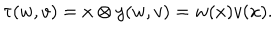
\tau ( w , v ) = { x \otimes y } ( w , v ) = w ( x ) v ( x ) .